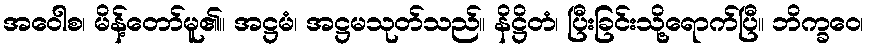
အဝေါစ၊ မိန့်တော်မူ၏။ အဋ္ဌမံ၊ အဋ္ဌမသုတ်သည်။ နိဋ္ဌိတံ၊ ပြီးခြင်းသို့ရောက်ပြီ။ ဘိက္ခဝေ၊